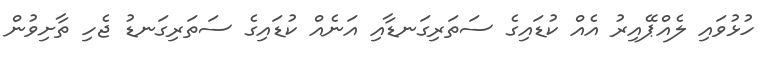
ހުޅުވައި ލެއްޕޭއިރު އެއް ކުޑައިގެ ސަތަރިގަނޑާއި އަނެއް ކުޑައިގެ ސަތަރިގަނޑު ޖެހި ތާށިވުން